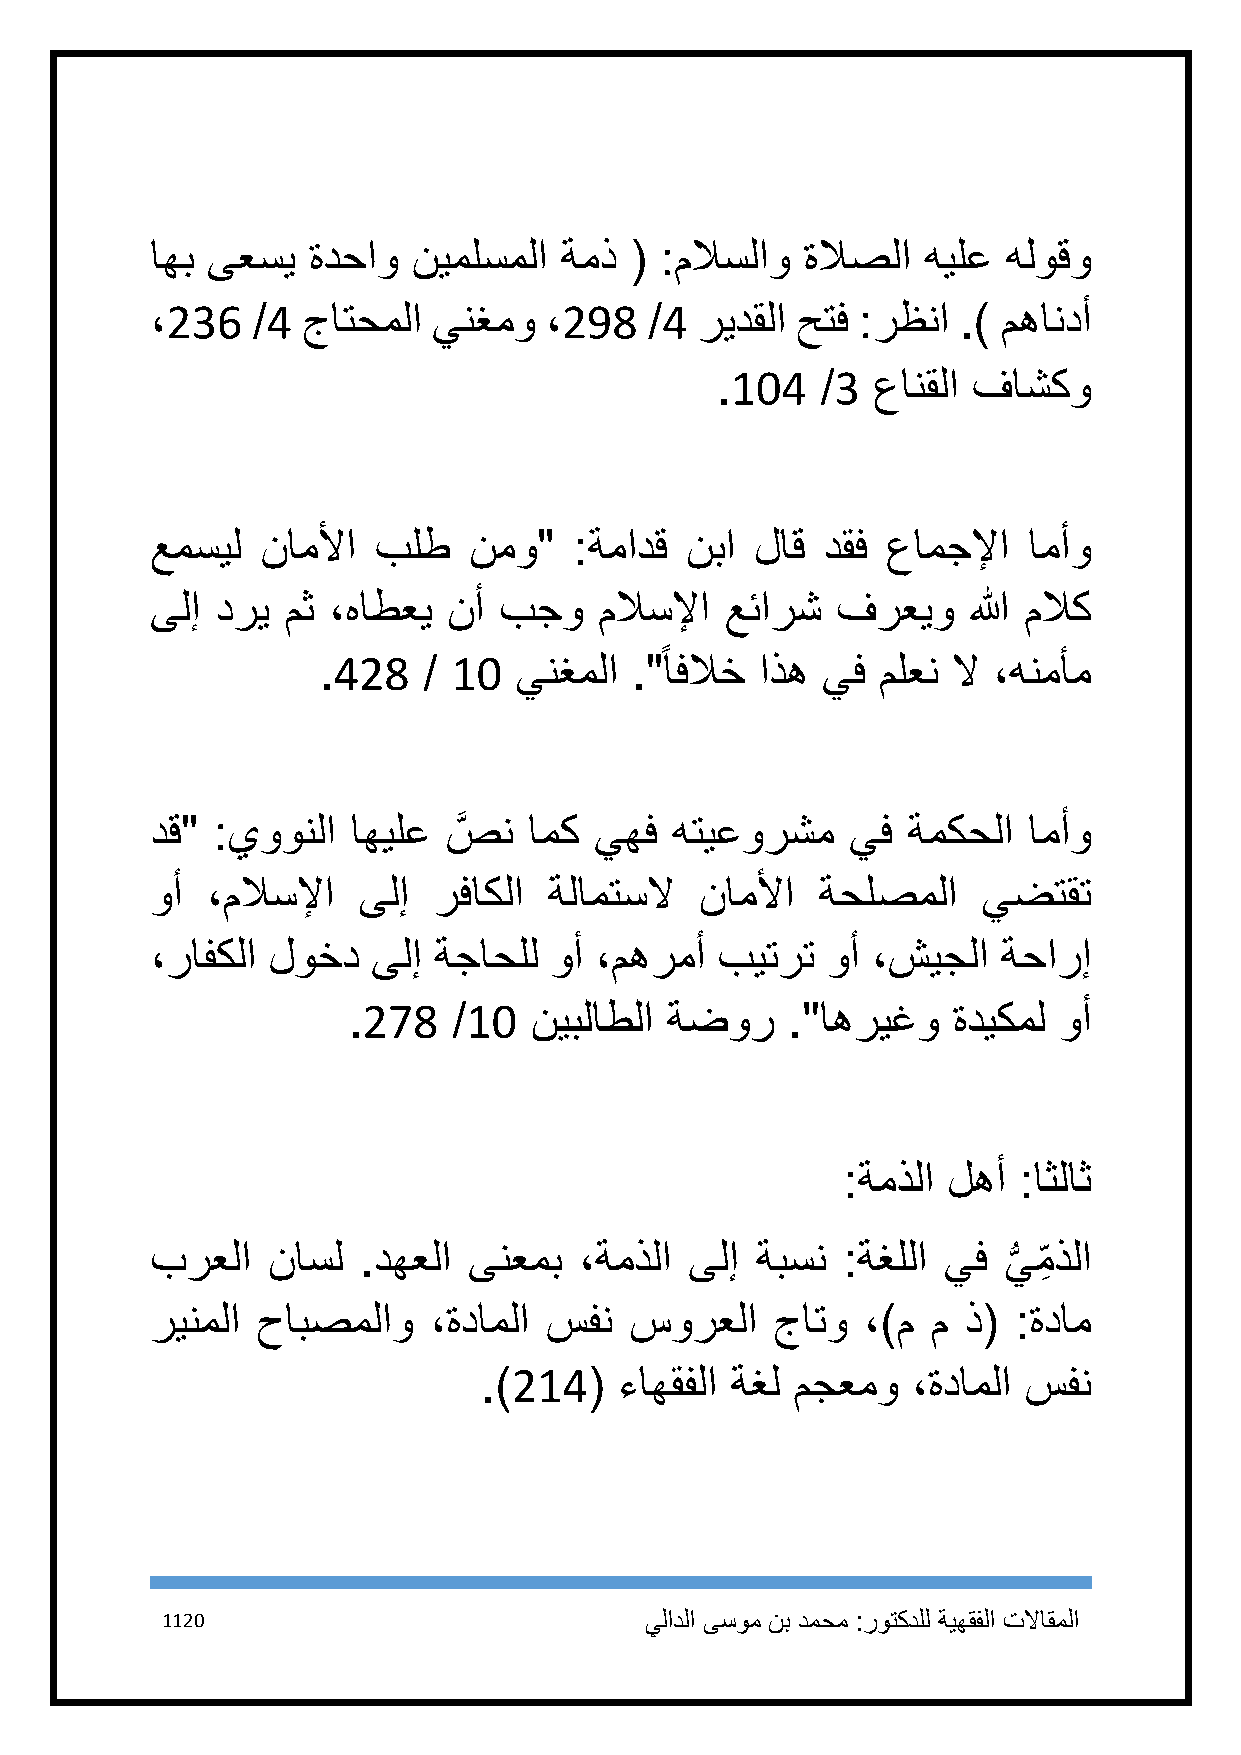
اهب ىعسي  ةدحاو  نيملسملا  ةمذ  ( :ملاسلاو ةلاصلا  هيلع  هلوقو
 ،236   /4 جاتحملا  ينغمو  ،298   /4 ريدقلا حتف :رظنا .) مهاندأ
 .114   /3  عانقلا فاشكو
 عمسيل  ناملأا  بلط   نمو"   :ةمادق نبا  لاق  دقف عامجلإا  امأو
 ىلإ دري  مث ،هاطعي  نأ بجو    ملاسلإا عئارش  فرعيو    الله ملاك
 ً
 .428   / 11  ينغملا  ." افلاخ اذه يف ملعن لا ،هنمأم
 دق" :يوونلا  اهيلع  صَّ ن امك يهف هتيعورشم    يف  ةمكحلا  امأو
 وأ  ،ملاسلإا  ىلإ  رفاكلا ةلامتسلا  ناملأا  ةحلصملا    يضتقت
 ،رافكلا لوخد   ىلإ ةجاحلل وأ ،مهرمأ  بيترت   وأ ،شيجلا  ةحارإ
 .278   /11  نيبلاطلا ةضور    ."اهريغو   ةديكمل وأ
 :ةمذلا لهأ :اثلاث
 برعلا   ناسل  .دهعلا ىنعمب  ،ةمذلا  ىلإ ةبسن  :ةغللا يف ي
 ُّ
 م ِ ذلا
 رينملا حابصملاو   ،ةداملا سفن   سورعلا   جاتو  ،)م  م ذ( :ةدام
 .)214(   ءاهقفلا ةغل مجعمو  ،ةداملا سفن
 1121                            يلادلا ىسوم نب دمحم :روتكدلل ةيهقفلا تلااقملا